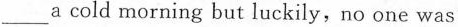
___a cold morning but luckily,no one was